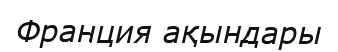
Франция ақындары